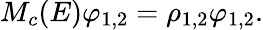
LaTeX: M_{c}(E)\varphi_{1,2}=\rho_{1,2}\varphi_{1,2}.